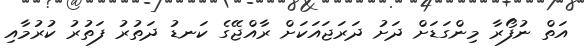
އަތް ނުފޯރާ މިންގަޑަށް ދަށު ދަރަޖައަކަށް ރާއްޖޭގެ ކަނޑު ދަތުރު ފަތުރު ކުރުމާއި